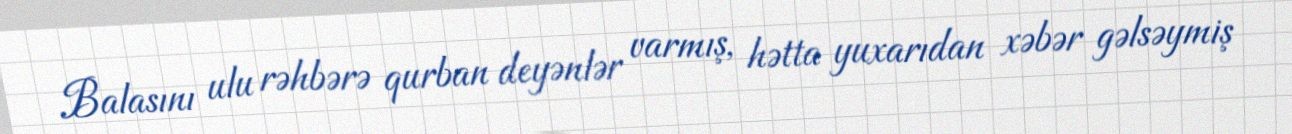
Balasını ulu rəhbərə qurban deyənlər varmış, hətta yuxarıdan xəbər gəlsəymiş